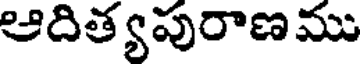
ఆదిత్యపురాణము